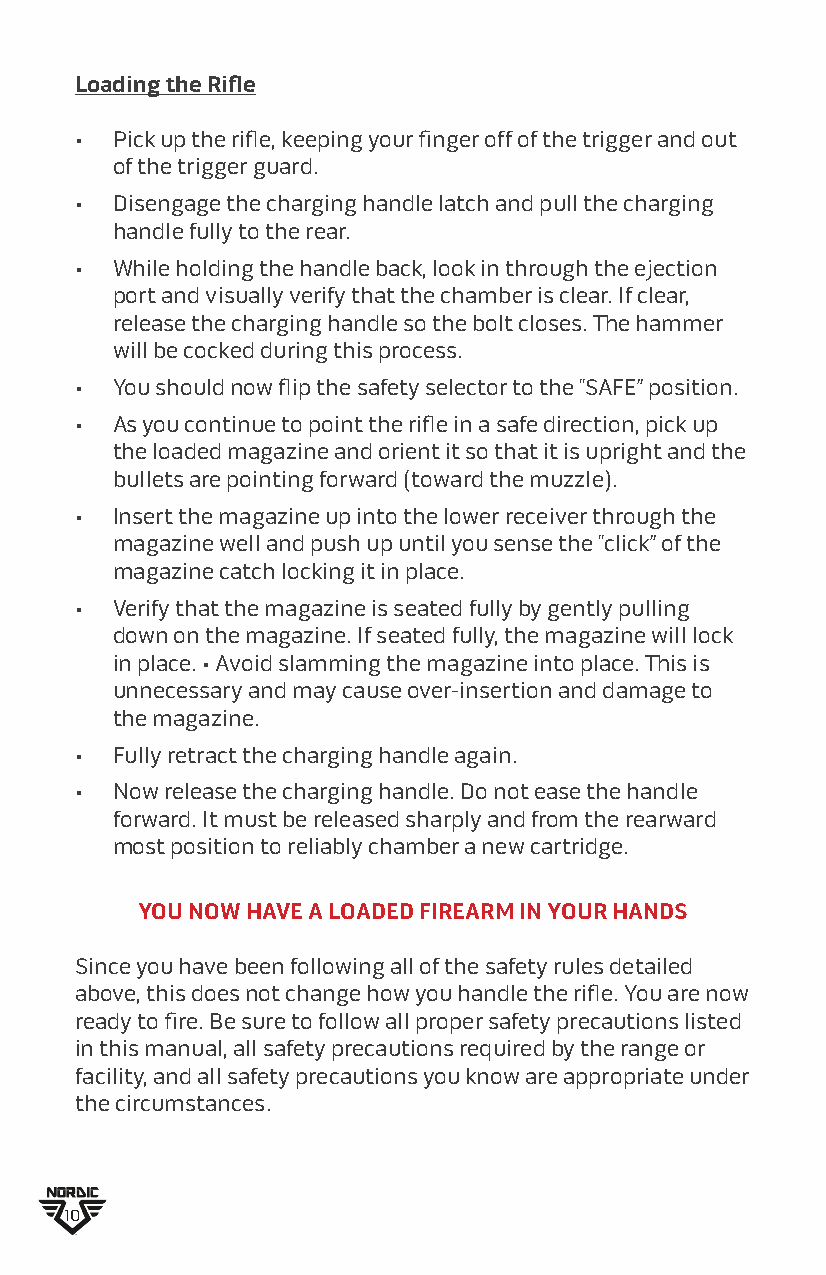
Loading the Rifle
 • Pick up the rifle, keeping your finger off of the trigger and out
 of the trigger guard.
 • Disengage the charging handle latch and pull the charging
 handle fully to the rear.
 • While holding the handle back, look in through the ejection
 port and visually verify that the chamber is clear. If clear,
 release the charging handle so the bolt closes. The hammer
 will be cocked during this process.
 • You should now flip the safety selector to the “SAFE” position.
 • As you continue to point the rifle in a safe direction, pick up
 the loaded magazine and orient it so that it is upright and the
 bullets are pointing forward (toward the muzzle).
 • Insert the magazine up into the lower receiver through the
 magazine well and push up until you sense the “click” of the
 magazine catch locking it in place.
 • Verify that the magazine is seated fully by gently pulling
 down on the magazine. If seated fully, the magazine will lock
 in place. • Avoid slamming the magazine into place. This is
 unnecessary and may cause over-insertion and damage to
 the magazine.
 • Fully retract the charging handle again.
 • Now release the charging handle. Do not ease the handle
 forward. It must be released sharply and from the rearward
 most position to reliably chamber a new cartridge.
 YOU NOW HAVE A LOADED FIREARM IN YOUR HANDS
 Since you have been following all of the safety rules detailed
 above, this does not change how you handle the rifle. You are now
 ready to fire. Be sure to follow all proper safety precautions listed
 in this manual, all safety precautions required by the range or
 facility, and all safety precautions you know are appropriate under
 the circumstances.
 10